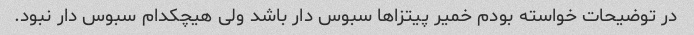
در توضیحات خواسته بودم خمیر پیتزا‌ها سبوس دار باشد ولی هیچکدام سبوس دار نبود.